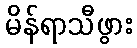
မိန်ရာသီဖွား